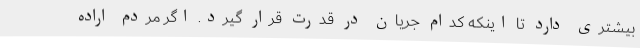
بیشتری دارد تا اینکه کدام جریان در قدرت قرار گیرد. اگر مردم اراده